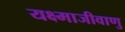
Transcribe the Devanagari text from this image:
यक्ष्माजीवाणु